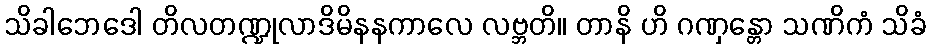
သိခါဘေဒေါ တိလတဏ္ဍုလာဒိမိနနကာလေ လဗ္ဘတိ။ တာနိ ဟိ ဂဏှန္တော သဏိကံ သိခံ